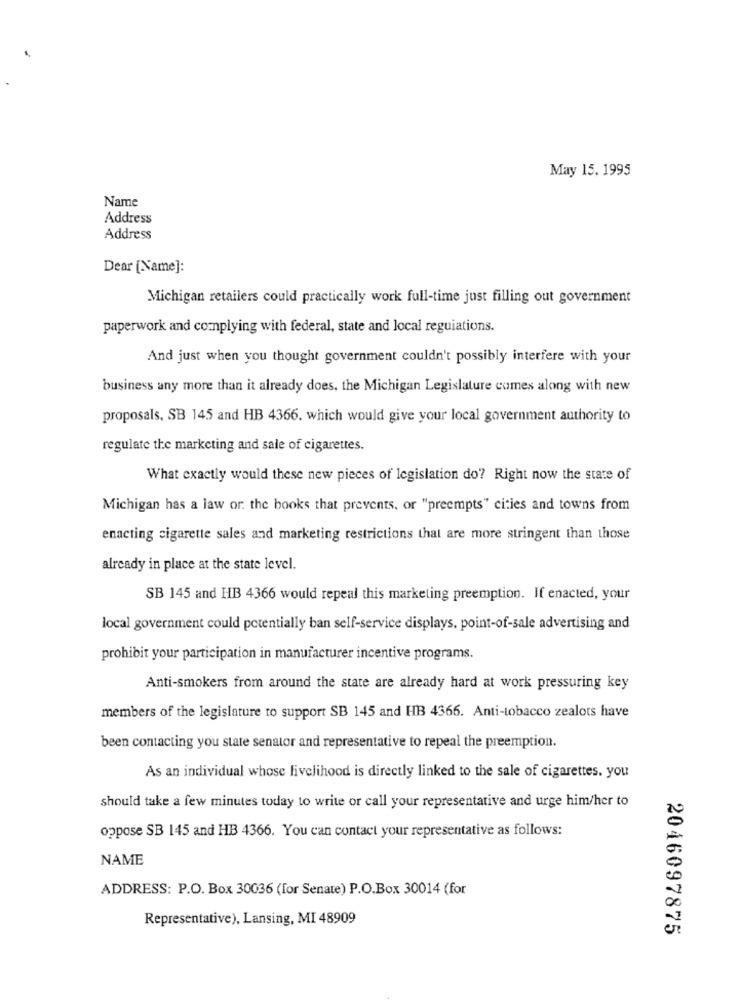
May 15, 1995
Name
Address
Address
Dear [Name]:
Michigan retailers could practically work full-time just filling out government
paperwork and complying with federal, state and local reguiations.
And just when you thought government couldn't possibly interfere with your
business any more than it already does, the Michigan Legislature comes along with new
proposals, SB 145 and HB 4366. which would give your local government authority to
regulate the marketing and sale of cigarettes.
What exactly would these new pieces of legislation do? Right now the state of
Michigan has a law or. the books that prevents, or "preempts" cities and towns from
enacting cigarette sales and marketing restrictions that are more stringent than those
already in place at the state level.
SB 145 and HB 4366 would repeal this marketing preemption. If enacted, your
local government could potentially ban self-service displays, point-of-sale advertising and
prohibit your participation in manufacturer incentive programs.
Anti-smokers from around the state are already hard at work pressuring key
members of the legislature to support SB 145 and HIBB 4366. Anti-tobacco zealots have
been contacting you state senator and representative to repeal the preemption.
As an individual whose livelihood is directly linked to the sale of cigarettes. you
should take a few minutes today to write or call your representative and urge him/her to
oppose SB 145 and HB 4366. You can contact your representative as follows:
NAME
ADDRESS: P.O. Box 30036 (for Senate) P.O.Box 30014 (for
Representative), Lansing, MI 48909
2046097875